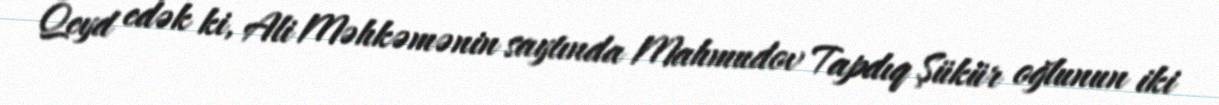
Qeyd edək ki, Ali Məhkəmənin saytında Mahmudov Tapdıq Şükür oğlunun iki